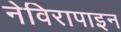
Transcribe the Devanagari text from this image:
नेविरापाइन